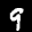
Label: 9